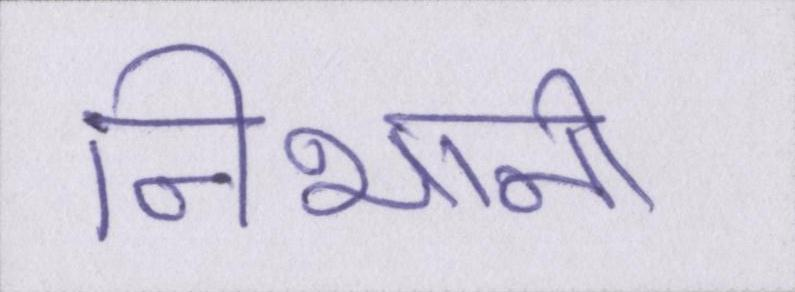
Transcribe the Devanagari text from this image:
निभानी